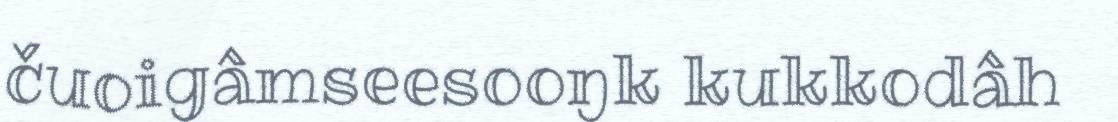
čuoigâmseesooŋk kukkodâh